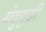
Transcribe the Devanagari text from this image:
येदुगुड़ी